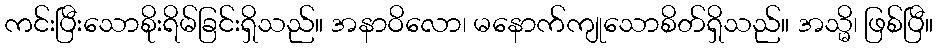
ကင်းပြီးသောစိုးရိမ်ခြင်းရှိသည်။ အနာဝိလော၊ မနောက်ကျုသောစိတ်ရှိသည်။ အသ္မိ၊ ဖြစ်ပြီ။